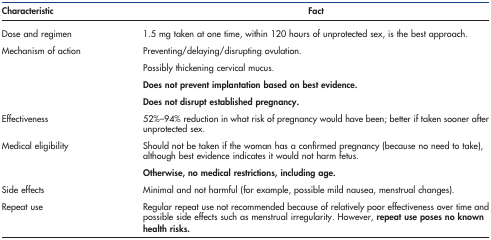
| Characteristic | Fact |
 | --- | --- |
 | Dose and regimen | 1.5 mg taken at one time, within 120 hours of unprotected sex, is the best approach. |
 | <ROWSPAN=4> Mechanism of action | Preventing/delaying/disrupting ovulation. |
 | Possibly thickening cervical mucus. |
 | Does not prevent implantation based on best evidence. |
 | Does not disrupt established pregnancy. |
 | Effectiveness | 52%–94% reduction in what risk of pregnancy would have been; better if taken sooner after unprotected sex. |
 | <ROWSPAN=2> Medical eligibility | Should not be taken if the woman has a confirmed pregnancy (because no need to take), although best evidence indicates it would not harm fetus. |
 | Otherwise, no medical restrictions, including age. |
 | Side effects | Minimal and not harmful (for example, possible mild nausea, menstrual changes). |
 | Repeat use | Regular repeat use not recommended because of relatively poor effectiveness over time and possible side effects such as menstrual irregularity. However, repeat use poses no known health risks. |